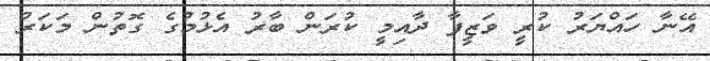
އޭނާ ހައްޔަރު ކުރީ ވަޒީފާ ދާއިމީ ކުރަން ބާރު އެޅުމުގެ ގޮތުން މަކަރު